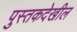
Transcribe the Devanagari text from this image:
पुस्तकदेखील